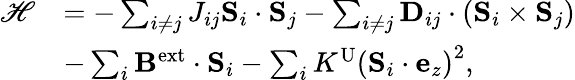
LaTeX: \begin{array}{rl}{\mathscr{H}}&{=-\sum_{i\neq j}J_{ij}\mathbf{S}_{i}\cdot\mathbf{S}_{j}-\sum_{i\neq j}\mathbf{D}_{ij}\cdot\left(\mathbf{S}_{i}\times\mathbf{S}_{j}\right)}\\ &{-\sum_{i}\mathbf{B}^{\mathrm{ext}}\cdot\mathbf{S}_{i}-\sum_{i}K^{\mathrm{U}}\left(\mathbf{S}_{i}\cdot\mathbf{e}_{z}\right)^{2},}\end{array}